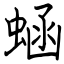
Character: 蜬